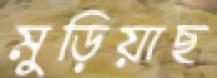
মুড়িয়াছ